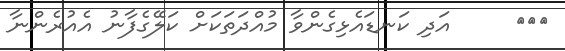
١٧٨     އަދި ކަނޑައެޅިގެންވާ މުއްދަތަކަށް ކަލޭގެފާނު އެއުރެންނާ